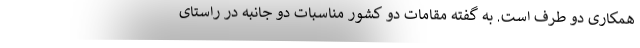
همکاری دو طرف است. به گفته مقامات دو کشور مناسبات دو جانبه در راستای